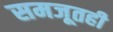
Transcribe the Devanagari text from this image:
समजूतही